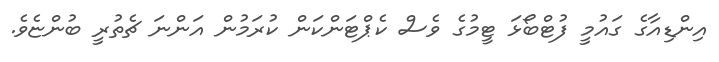
އިންޑިއާގެ ގައުމީ ފުޓްބޯޅަ ޓީމުގެ ވެސް ކެޕްޓަންކަން ކުރަމުން އަންނަ ޗެތުރީ ބުންޏެވެ.